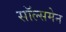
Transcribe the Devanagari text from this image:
सॉल्समेन